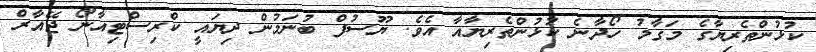
ކުޅުންތެރިޔާގެ މަގާމު ހޯދާނެ ކުޅުންތެރިޔާއާ އެވެ. ޔޫސުފް ބުނަމުން ދިޔައީ ކްރިސްޓިއާނޯ ޖޭއާރް